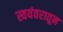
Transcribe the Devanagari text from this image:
स्वयंवरातून